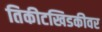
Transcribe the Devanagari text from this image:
तिकीटखिडकीवर